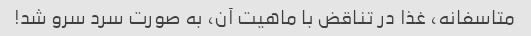
متاسفانه، غذا در تناقض با ماهیت آن، به صورت سرد سرو شد!